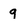
Character: q